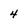
Character: 4